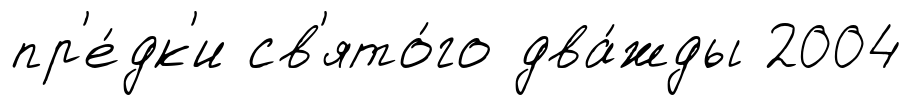
пр'е́дк'и св'ято́го два́жды 2004